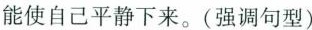
能使自己平静下来。(强调句型)